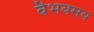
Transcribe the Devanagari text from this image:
वैभवमय